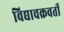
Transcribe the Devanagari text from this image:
विद्याचक्रवर्ती